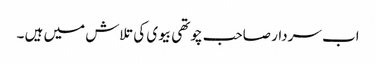
اب سردار صاحب چوتھی بیوی کی تلاش میں ہیں ۔